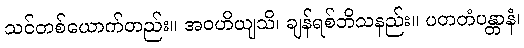
သင်တစ်ယောက်တည်း။ အဝဟိယျသိ၊ ချန်ရစ်ဘိသနည်း။ ပတတံပန္တာနံ၊